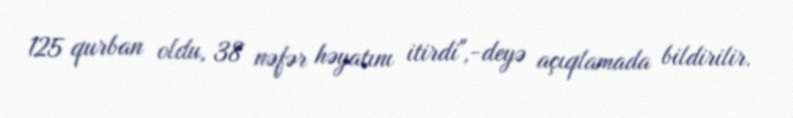
125 qurban oldu, 38 nəfər həyatını itirdi",-deyə açıqlamada bildirilir.